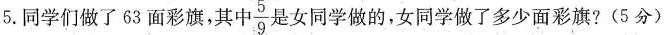
5.同学们做了63面彩旗，其中\frac{5}{9}是女同学做的，女同学做了多少面彩旗?(5分)